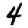
Digit: 4